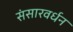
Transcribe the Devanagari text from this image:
संसारवर्धन